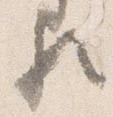
歟